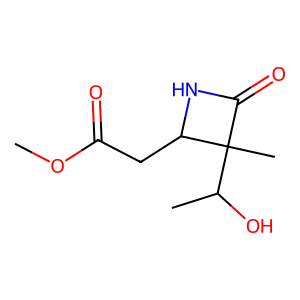
SMILES: COC(=O)CC1NC(=O)C1(C)C(C)O
Inhibits HIV replication: No